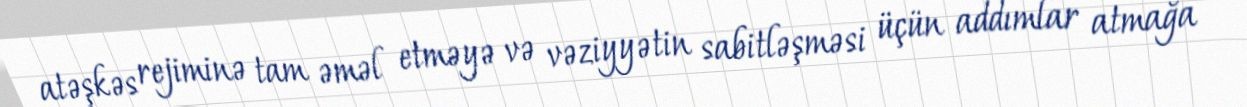
atəşkəs rejiminə tam əməl etməyə və vəziyyətin sabitləşməsi üçün addımlar atmağa